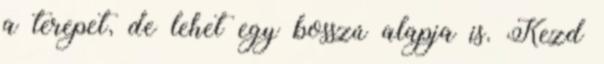
a terepet, de lehet egy bosszú alapja is. Kezd